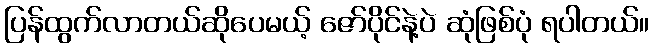
ပြန်ထွက်လာတယ်ဆိုပေမယ့် ဇော်ပိုင်နဲ့ပဲ ဆုံဖြစ်ပုံ ရပါတယ်။